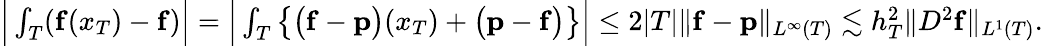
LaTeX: \begin{array}{r}{\Big|\int_{T}(\mathbf{f}(x_{T})-\mathbf{f})\Big|=\Big|\int_{T}\big\{ \big(\mathbf{f}-\mathbf{p}\big)(x_{T})+\big(\mathbf{p}-\mathbf{f}\big)\big\} \Big|\le 2|T|\| \mathbf{f}-\mathbf{p}\| _{L^{\infty}(T)}\lesssim h_{T}^{2}\| D^{2}\mathbf{f}\| _{L^{1}(T)}.}\end{array}